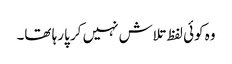
وہ کوئی لفظ تلاش نہیں کر پارہا تھا۔